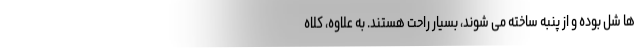
ها شل بوده و از پنبه ساخته می شوند، بسیار راحت هستند. به علاوه، کلاه